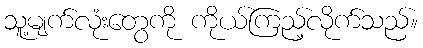
သူ့မျက်လုံးတွေကို ကိုယ်ကြည့်လိုက်သည်။